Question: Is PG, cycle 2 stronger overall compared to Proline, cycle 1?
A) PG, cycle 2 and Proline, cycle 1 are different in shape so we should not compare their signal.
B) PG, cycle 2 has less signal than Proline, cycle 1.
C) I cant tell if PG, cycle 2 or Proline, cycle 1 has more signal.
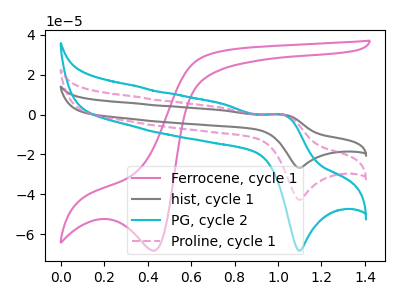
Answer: <think>The pink curve "Ferrocene, cycle 1" has a cathodic peak at: (0.45V, -68.30uA). The gray curve "hist, cycle 1" has an anodic peak at (1.00V, -0.10uA) and a cathodic peak at (1.10V, -85.55uA). The cyan curve "PG, cycle 2" has an anodic peak at (1.00V, -0.05uA) and a cathodic peak at (1.10V, -68.30uA). The pink dashed curve "Proline, cycle 1" has an anodic peak at (1.00V, -0.05uA) and a cathodic peak at (1.10V, -42.75uA).
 All the peaks in "PG, cycle 2" have a peak in "Proline, cycle 1" at the same potential.</think>
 <answer>C) I cant tell if "PG, cycle 2" or "Proline, cycle 1" has more signal.</answer>
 <eval>C</eval>